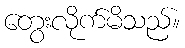
တွေးလိုက်မိသည်။